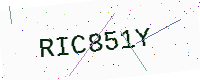
Text: RIC851Y